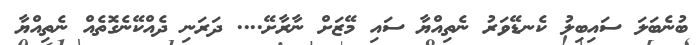
ބުނެބަލަ ސައިބިލު ކެނޑޭވަރު ނެތިއްޔާ ސައި މޭޒަށް ނާރާށޭ.... ދަރަނި ދެއްކޭނެގޮތެއް ނެތިއްޔާ